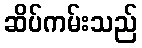
ဆိပ်ကမ်းသည်